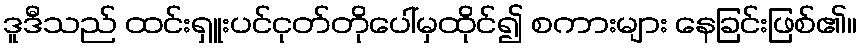
ဒူဒီသည် ထင်းရှူးပင်ငုတ်တိုပေါ်မှထိုင်၍ စကားများ နေခြင်းဖြစ်၏။